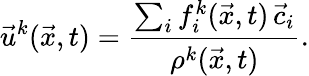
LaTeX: \vec{u}^{k}(\vec{x},t)=\frac{\sum_{i}f_{i}^{k}(\vec{x},t)\, \vec{c}_{i}}{\rho^{k}(\vec{x},t)}.